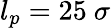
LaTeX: l_{p}=25~\sigma